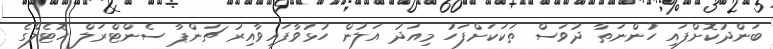
ބަންދުކޮށްފައި ހުންނަތާ ދުވަސް ތަކަކަށްފަހު މިއަދު އަލުން ހުޅުވާފައިވާއިރު ޗަންޕާ ސެންޓްރަލް ހޮޓެލްގެ